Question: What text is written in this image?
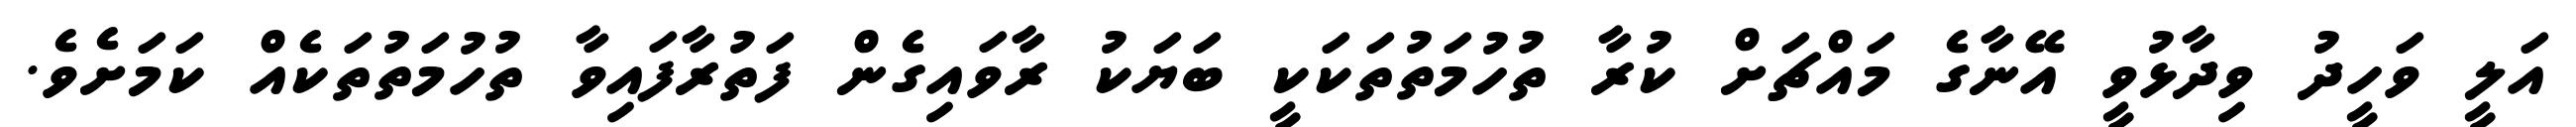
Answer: އަލީ ވަހީދު ވިދާޅުވީ އޭނާގެ މައްޗަށް ކުރާ ތުހުމަތުތަކަކީ ބަޔަކު ރާވައިގެން ފަތުރާފައިވާ ތުހުމަތުތަކެއް ކަމަށެވެ.